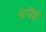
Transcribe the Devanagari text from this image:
पनिश